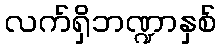
လက်ရှိဘဏ္ဍာနှစ်